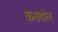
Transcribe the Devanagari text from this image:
कसदोल